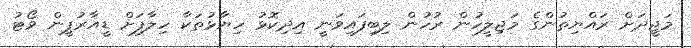
މަޖީދަށް ރައްޔިތުންގެ މަޖިލީހުން ރުހުން ލިބިފައިވަނީ އިދިކޮޅު ހިޔާޅުތަކާ ހިލާފަށް ޑީއާރުޕީން ވޯޓު